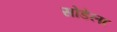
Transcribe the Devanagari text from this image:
सोंडेला